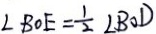
\angle B O E = \frac { 1 } { 2 } \angle B O D